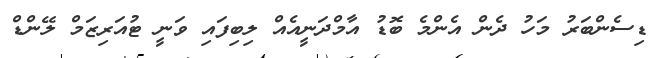
ޑިސެންބަރު މަހު ދެން އެންމެ ބޮޑު އާމްދަނީއެއް ލިބިފައި ވަނީ ޓުއަރިޒަމް ލޭންޑް